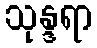
သုန္ဒရာ